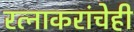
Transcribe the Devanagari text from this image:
रत्‍नाकरांचेही